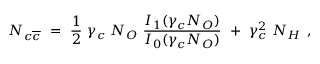
N _ { c \overline { { { c } } } } ~ = ~ \frac { 1 } { 2 } ~ \gamma _ { c } ~ N _ { O } ~ \frac { I _ { 1 } ( \gamma _ { c } N _ { O } ) } { I _ { 0 } ( \gamma _ { c } N _ { O } ) } ~ + ~ \gamma _ { c } ^ { 2 } ~ N _ { H } ~ ,